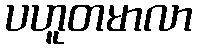
ပဟူတမာလာ